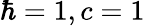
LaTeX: \hbar=1,c=1